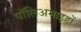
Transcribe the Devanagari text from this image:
पॉलिअमाइडों